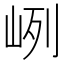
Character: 峢